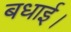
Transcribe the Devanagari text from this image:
बधाई।